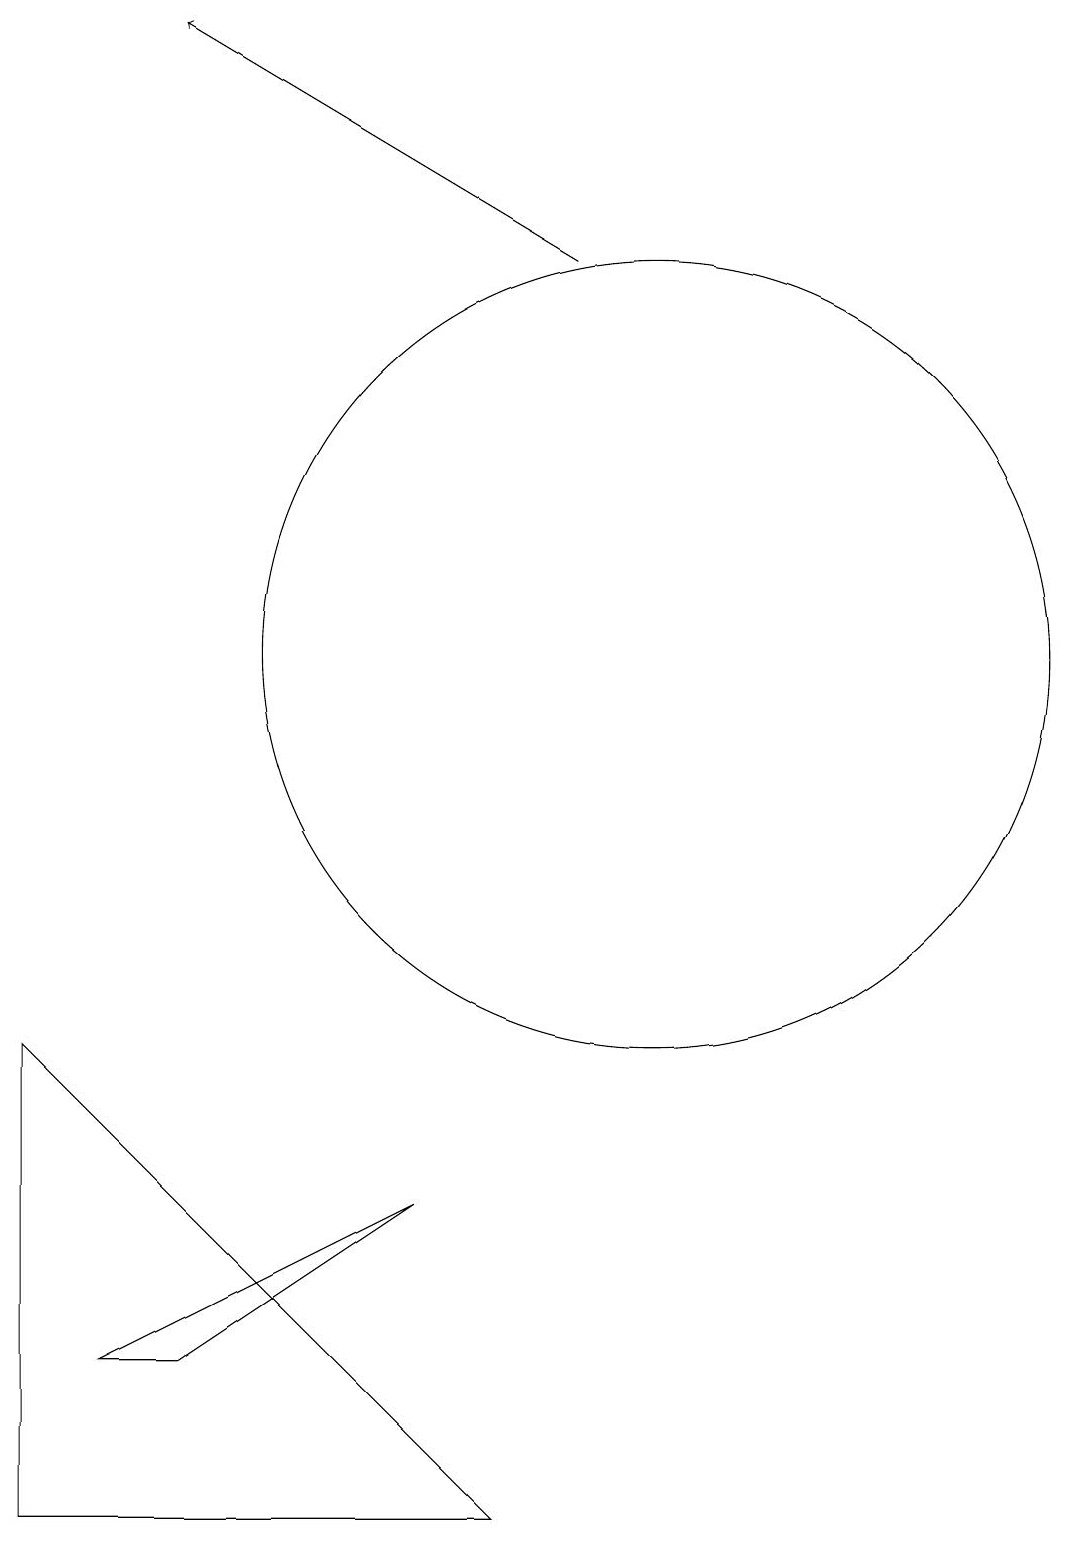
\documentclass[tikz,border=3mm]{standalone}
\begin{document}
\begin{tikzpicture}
\draw[->] (9,16) -- (4,19);
\draw (7,4) -- (3,2) -- (4,2) -- cycle;
\draw (10,11) circle (5);
\draw (10,11) circle (0);
\draw (2,6) -- (8,0) -- (2,0) -- cycle;
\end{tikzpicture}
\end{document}